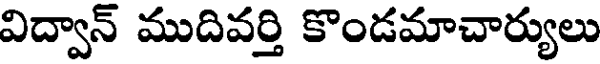
విద్వాన్ ముదివర్తి కొండమాచార్యులు